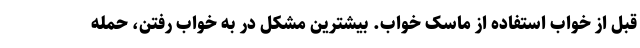
قبل از خواب استفاده از ماسک خواب. بیشترین مشکل در به خواب رفتن، حمله